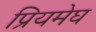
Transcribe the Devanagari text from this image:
प्रियमेघ